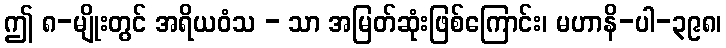
ဤ ၈-မျိုးတွင် အရိယဝံသ - သာ အမြတ်ဆုံးဖြစ်ကြောင်း၊ မဟာနိ-ပါ-၃၉၈၊